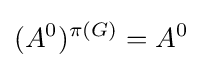
(A^{0})^{\pi (G)}=A^{0}